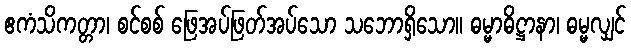
ဧကံသိကတ္တာ၊ စင်စစ် ဖြေအပ်ဖြတ်အပ်သော သဘောရှိသော။ ဓမ္မာဓိဋ္ဌာနာ၊ ဓမ္မလျှင်